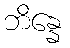
ဘိန္နေ